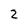
Character: 2